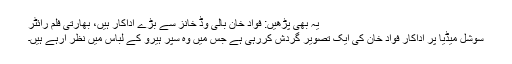
یہ بھی پڑھیں: فواد خان بالی وڈ خانز سے بڑے اداکار ہیں، بھارتی فلم رائٹر
سوشل میڈیا پر اداکار فواد خان کی ایک تصویر گردش کررہی ہے جس میں وہ سپر ہیرو کے لباس میں نظر آرہے ہیں۔